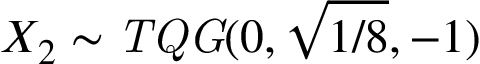
X _ { 2 } \sim \mathit { T Q G } ( 0 , \sqrt { { 1 } / { 8 } } , - 1 )